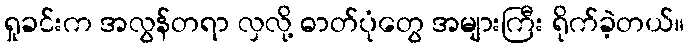
ရှုခင်းက အလွန်တရာ လှလို့ ဓာတ်ပုံတွေ အများကြီး ရိုက်ခဲ့တယ်။